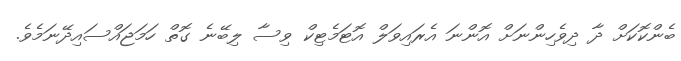
ބެންކޮކަށް ދާ ދިވެހިންނަށް އޮންނަ އެރައިވަލް އޮޓަމެޓިކް ވިސާ ލިބޭނެ ގޮތް ހަމަޖައްސައިދޭނަމެވެ.